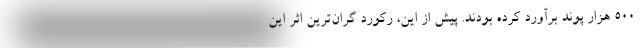
۵۰۰ هزار پوند برآورد کرده بودند. پیش از این، رکورد گران‌ترین اثر این